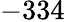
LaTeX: -334